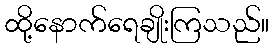
ထို့နောက်ရေချိုးကြသည်။